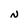
Character: N